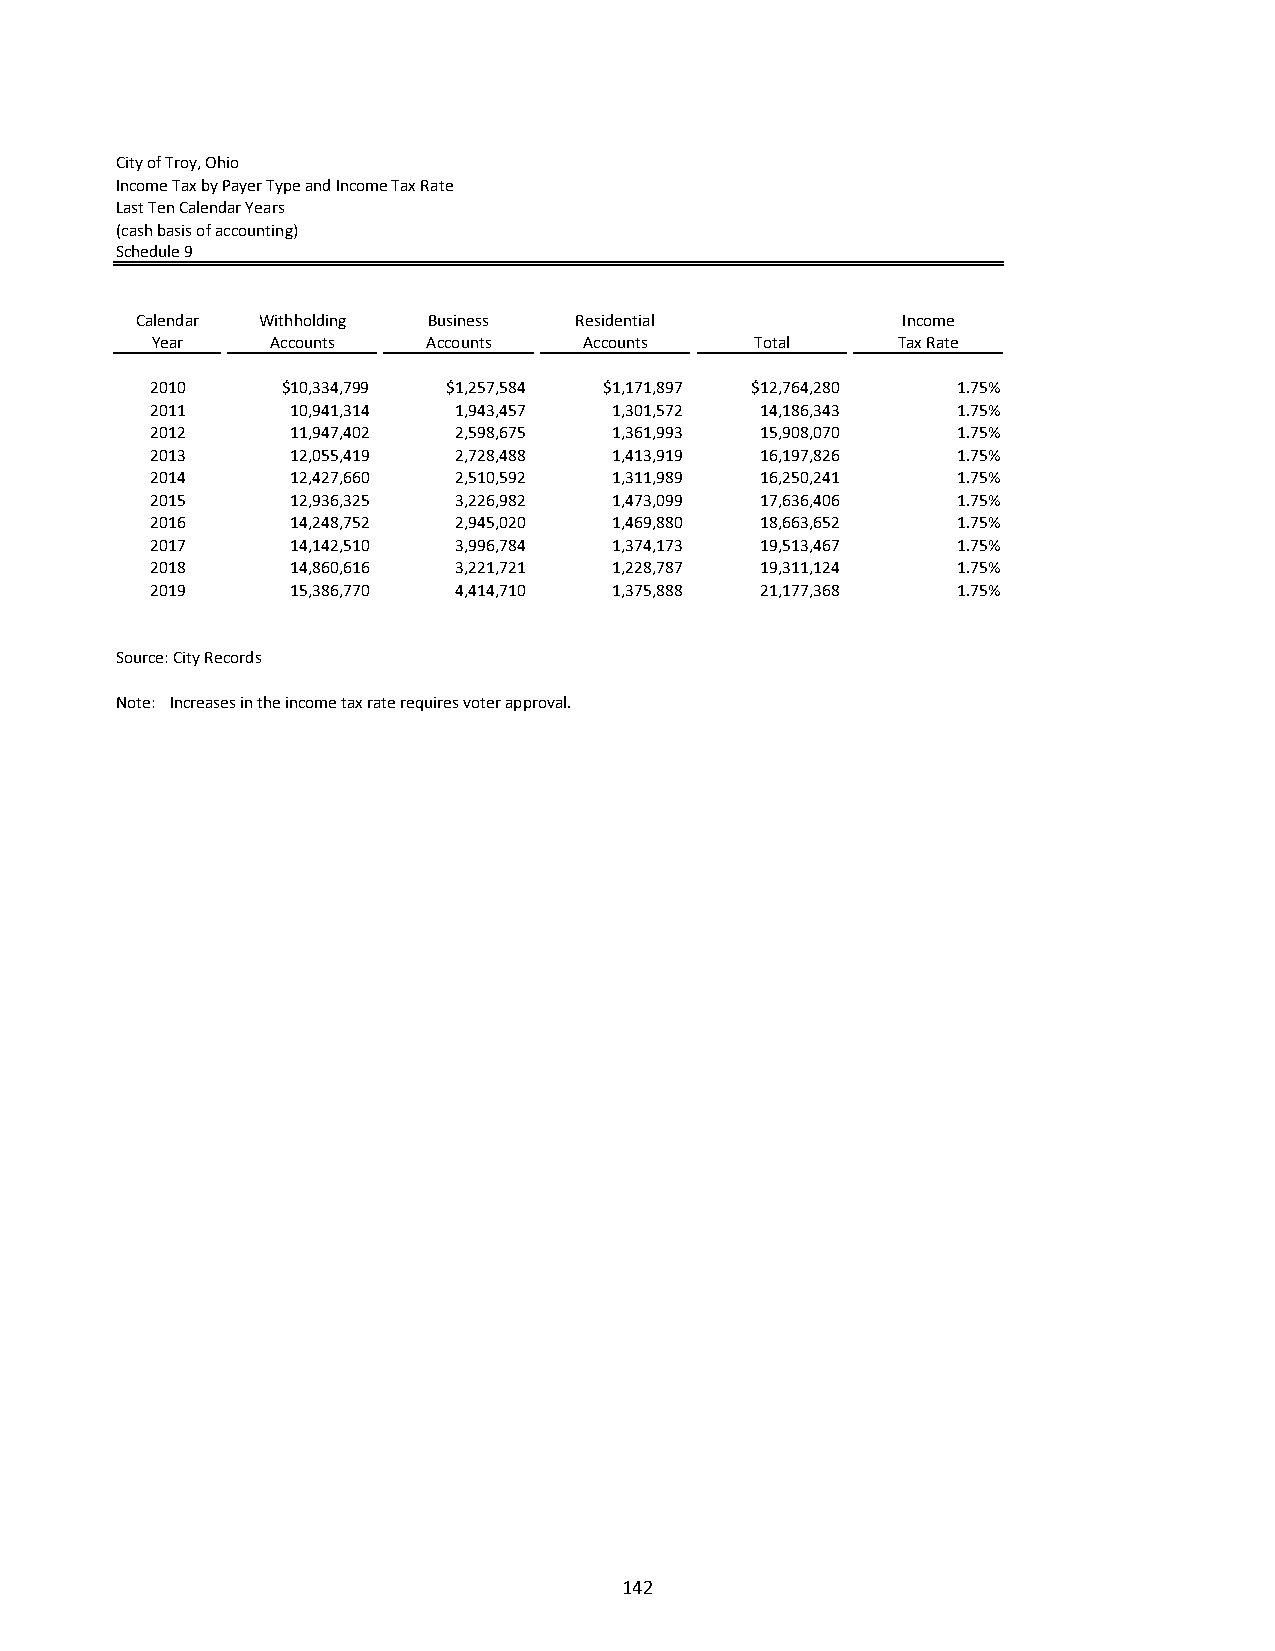
City of Troy, Ohio
 Income Tax by Payer Type and Income Tax Rate
 Last Ten Calendar Years
 (cash basis of accounting)
 Schedule 9
 Calendar Withholding Business Residential          Income
 Year    Accounts  Accounts   Accounts   Total    Tax Rate
 2010     $10,334,799 $1,257,584 $1,171,897 $12,764,280 1.75%
 2011     10,941,314 1,943,457  1,301,572 14,186,343  1.75%
 2012     11,947,402 2,598,675  1,361,993 15,908,070  1.75%
 2013     12,055,419 2,728,488  1,413,919 16,197,826  1.75%
 2014     12,427,660 2,510,592  1,311,989 16,250,241  1.75%
 2015     12,936,325 3,226,982  1,473,099 17,636,406  1.75%
 2016     14,248,752 2,945,020  1,469,880 18,663,652  1.75%
 2017     14,142,510 3,996,784  1,374,173 19,513,467  1.75%
 2018     14,860,616 3,221,721  1,228,787 19,311,124  1.75%
 2019     15,386,770 4,414,710  1,375,888 21,177,368  1.75%
 Source: City Records
 Note: Increases in the income tax rate requires voter approval.
 142